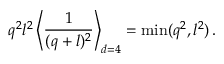
q ^ { 2 } l ^ { 2 } \left\langle { \frac { 1 } { ( q + l ) ^ { 2 } } } \right\rangle _ { d = 4 } = \operatorname * { m i n } ( q ^ { 2 } , l ^ { 2 } ) \, .